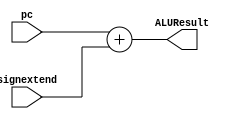
`timescale 1ns / 1ps
//////////////////////////////////////////////////////////////////////////////////
// Company: 
// Engineer: 
// 
// Design Name: 
// Module Name: BranchAdder
// Project Name: 
// Target Devices: 
// Tool Versions: 
// Description: 
// 
// Dependencies: 
// 
// Revision:
// Revision 0.01 - File Created
// Additional Comments:
// 
//////////////////////////////////////////////////////////////////////////////////


module BranchAdder(pc, signextend, ALUResult);    
    input [15:0] pc, signextend;
    output [15:0] ALUResult;
    wire [16:0] tempresult;
    
    assign tempresult = pc + signextend;
    assign ALUResult = tempresult[15:0];

endmodule